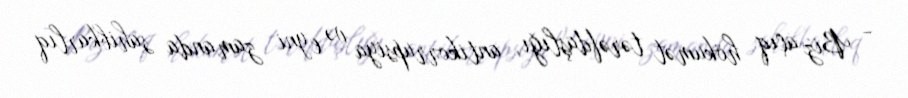
- Biz açıq hökumət tərəfdaşlığı, antikorrupsiya və eyni zamanda sahibkarlıq